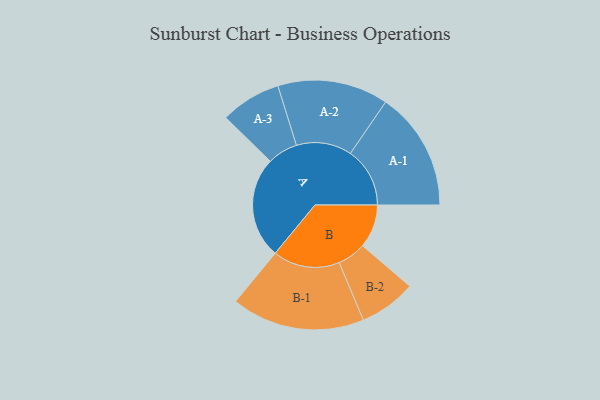
{"axis": {"x": "Segment", "y": "Value"}, "legend": ["", "A", "B"], "data": [{"x": "A", "y": 449, "type": ""}, {"x": "B", "y": 192, "type": ""}, {"x": "A-1", "y": 263, "type": "A"}, {"x": "A-2", "y": 245, "type": "A"}, {"x": "A-3", "y": 134, "type": "A"}, {"x": "B-1", "y": 295, "type": "B"}, {"x": "B-2", "y": 126, "type": "B"}]}